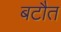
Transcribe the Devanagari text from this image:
बटौत